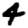
Digit: 4